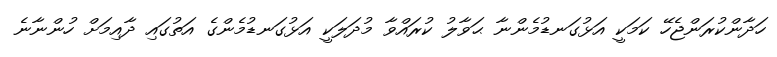
ހަދާންކުރަންޖެހޭ ކަމަކީ އަޅުގަނޑުމެންނާ ޙަވާލު ކުރައްވާ މުދަލަކީ އަޅުގަނޑުމެންގެ އަތުގައި ދާއިމަށް ހުންނާނެ